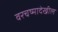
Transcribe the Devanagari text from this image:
वरचष्मादेखील